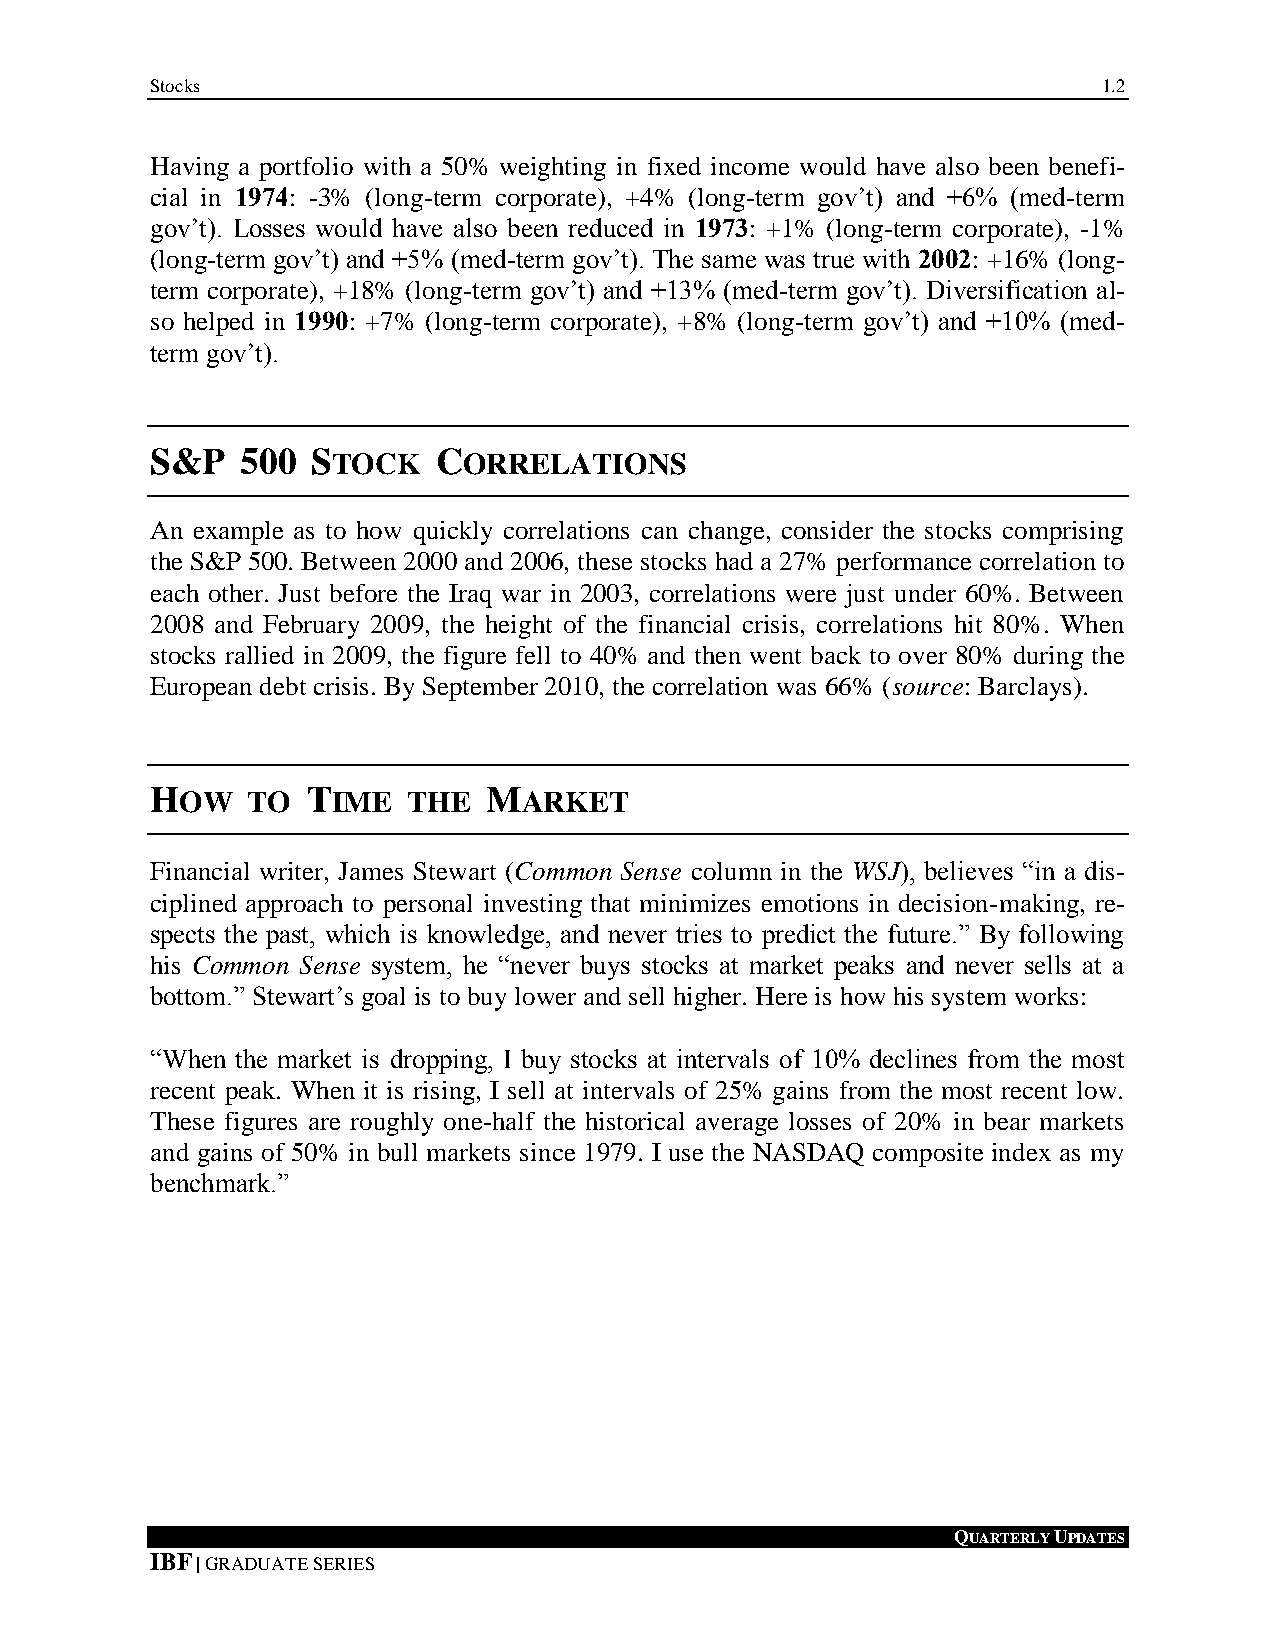
Stocks                                                         1.2
 Having a portfolio with a 50% weighting in fixed income would have also been benefi-
 cial in 1974: -3% (long-term corporate), +4% (long-term gov’t) and +6% (med-term
 gov’t). Losses would have also been reduced in 1973: +1% (long-term corporate), -1%
 (long-term gov’t) and +5% (med-term gov’t). The same was true with 2002: +16% (long-
 term corporate), +18% (long-term gov’t) and +13% (med-term gov’t). Diversification al-
 so helped in 1990: +7% (long-term corporate), +8% (long-term gov’t) and +10% (med-
 term gov’t).
 S&P   500  STOCK   CORRELATIONS
 An example as to how quickly correlations can change, consider the stocks comprising
 the S&P 500. Between 2000 and 2006, these stocks had a 27% performance correlation to
 each other. Just before the Iraq war in 2003, correlations were just under 60%. Between
 2008 and February 2009, the height of the financial crisis, correlations hit 80%. When
 stocks rallied in 2009, the figure fell to 40% and then went back to over 80% during the
 European debt crisis. By September 2010, the correlation was 66% (source: Barclays).
 HOW   TO  TIME   THE  MARKET
 Financial writer, James Stewart (Common Sense column in the WSJ), believes “in a dis-
 ciplined approach to personal investing that minimizes emotions in decision-making, re-
 spects the past, which is knowledge, and never tries to predict the future.” By following
 his Common Sense system, he “never buys stocks at market peaks and never sells at a
 bottom.” Stewart’s goal is to buy lower and sell higher. Here is how his system works:
 “When the market is dropping, I buy stocks at intervals of 10% declines from the most
 recent peak. When it is rising, I sell at intervals of 25% gains from the most recent low.
 These figures are roughly one-half the historical average losses of 20% in bear markets
 and gains of 50% in bull markets since 1979. I use the NASDAQ composite index as my
 benchmark.”
 QUARTERLY UPDATES
 IBF | GRADUATE SERIES